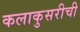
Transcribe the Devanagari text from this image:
कलाकुसरीची